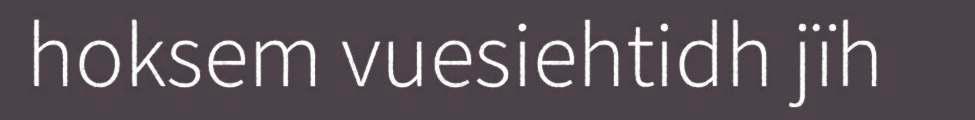
hoksem vuesiehtidh jïh